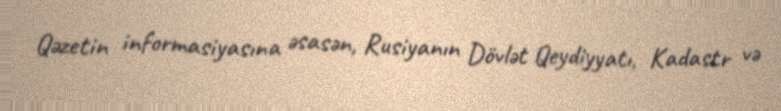
Qəzetin informasiyasına əsasən, Rusiyanın Dövlət Qeydiyyatı, Kadastr və